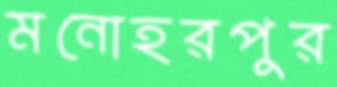
মনোহরপুর